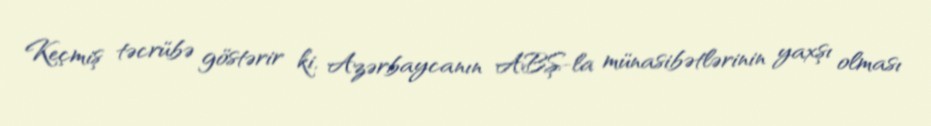
Keçmiş təcrübə göstərir ki, Azərbaycanın ABŞ-la münasibətlərinin yaxşı olması